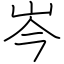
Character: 岑